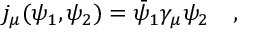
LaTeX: j _ { \mu } ( \psi _ { 1 } , \psi _ { 2 } ) = \bar { \psi } _ { 1 } \gamma _ { \mu } \psi _ { 2 } ~ ~ ~ ,